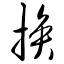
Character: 换